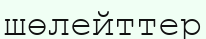
шөлейттер